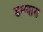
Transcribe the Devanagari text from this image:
डग्ग्यास